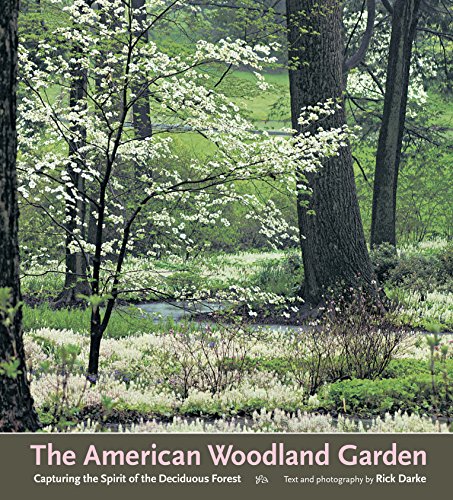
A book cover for The American Woodland Garden: Capturing the Spirit of the Deciduous Forest; Rick Darke; Crafts, Hobbies & Home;